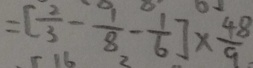
= [ \frac { 2 } { 3 } - \frac { 1 } { 8 } - \frac { 1 } { 6 } ] \times \frac { 4 8 } { 9 }